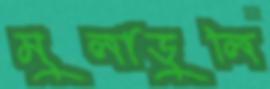
মুলাডুলি